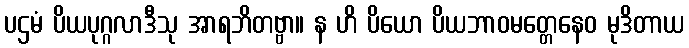
ပဌမံ ပိယပုဂ္ဂလာဒီသု အာရဘိတဗ္ဗာ။ န ဟိ ပိယော ပိယဘာဝမတ္တေနေဝ မုဒိတာယ